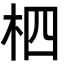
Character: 柶